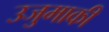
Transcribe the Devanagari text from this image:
उजुमाकी